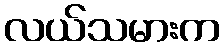
လယ်သမားက